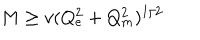
M \ge v ( Q _ { e } ^ { 2 } + Q _ { m } ^ { 2 } ) ^ { 1 / 2 }